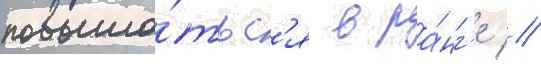
повыша́тьс'я в ра́нг'е //